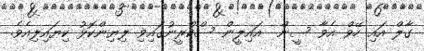
ގާލް އައި ހޭވް އެވާ ސީން  އައިލީން ސްކްރީނުގައިވި ލިޔިންކޮޅު ކިޔައިލިއެވެ.